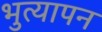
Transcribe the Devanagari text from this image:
भुत्यापन